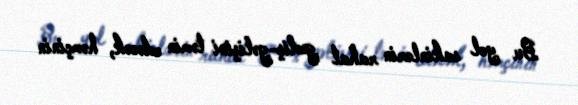
Bu yol sakinlərin rahat gediş-gəlişini təmin edəcək, həmçinin